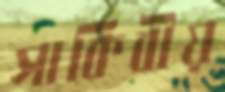
সাকিবীয়